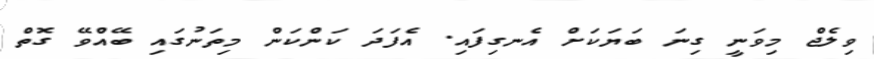
ވިލެޖް މިވަނީ ގިނަ ބަޔަކަށް އެނގިފައި. އެފަދަ ކަންކަން މިތަނުގައި ބޭއްވޭ ގޮތް